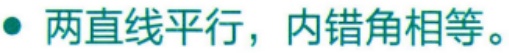
两直线平行，内错角相等。